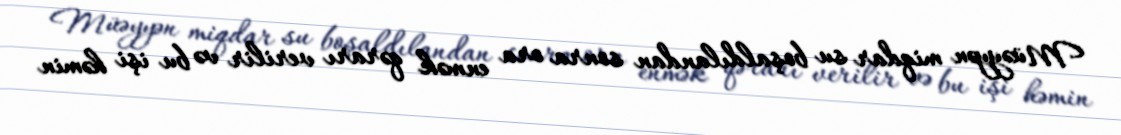
Müəyyən miqdar su boşaldılandan sonra ora enmək qərarı verilir və bu işi həmin